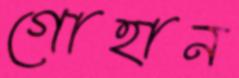
গোহান